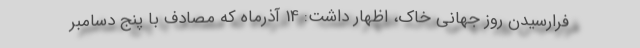
فرارسیدن روز جهانی خاک، اظهار داشت: 14 آذرماه که مصادف با پنج دسامبر